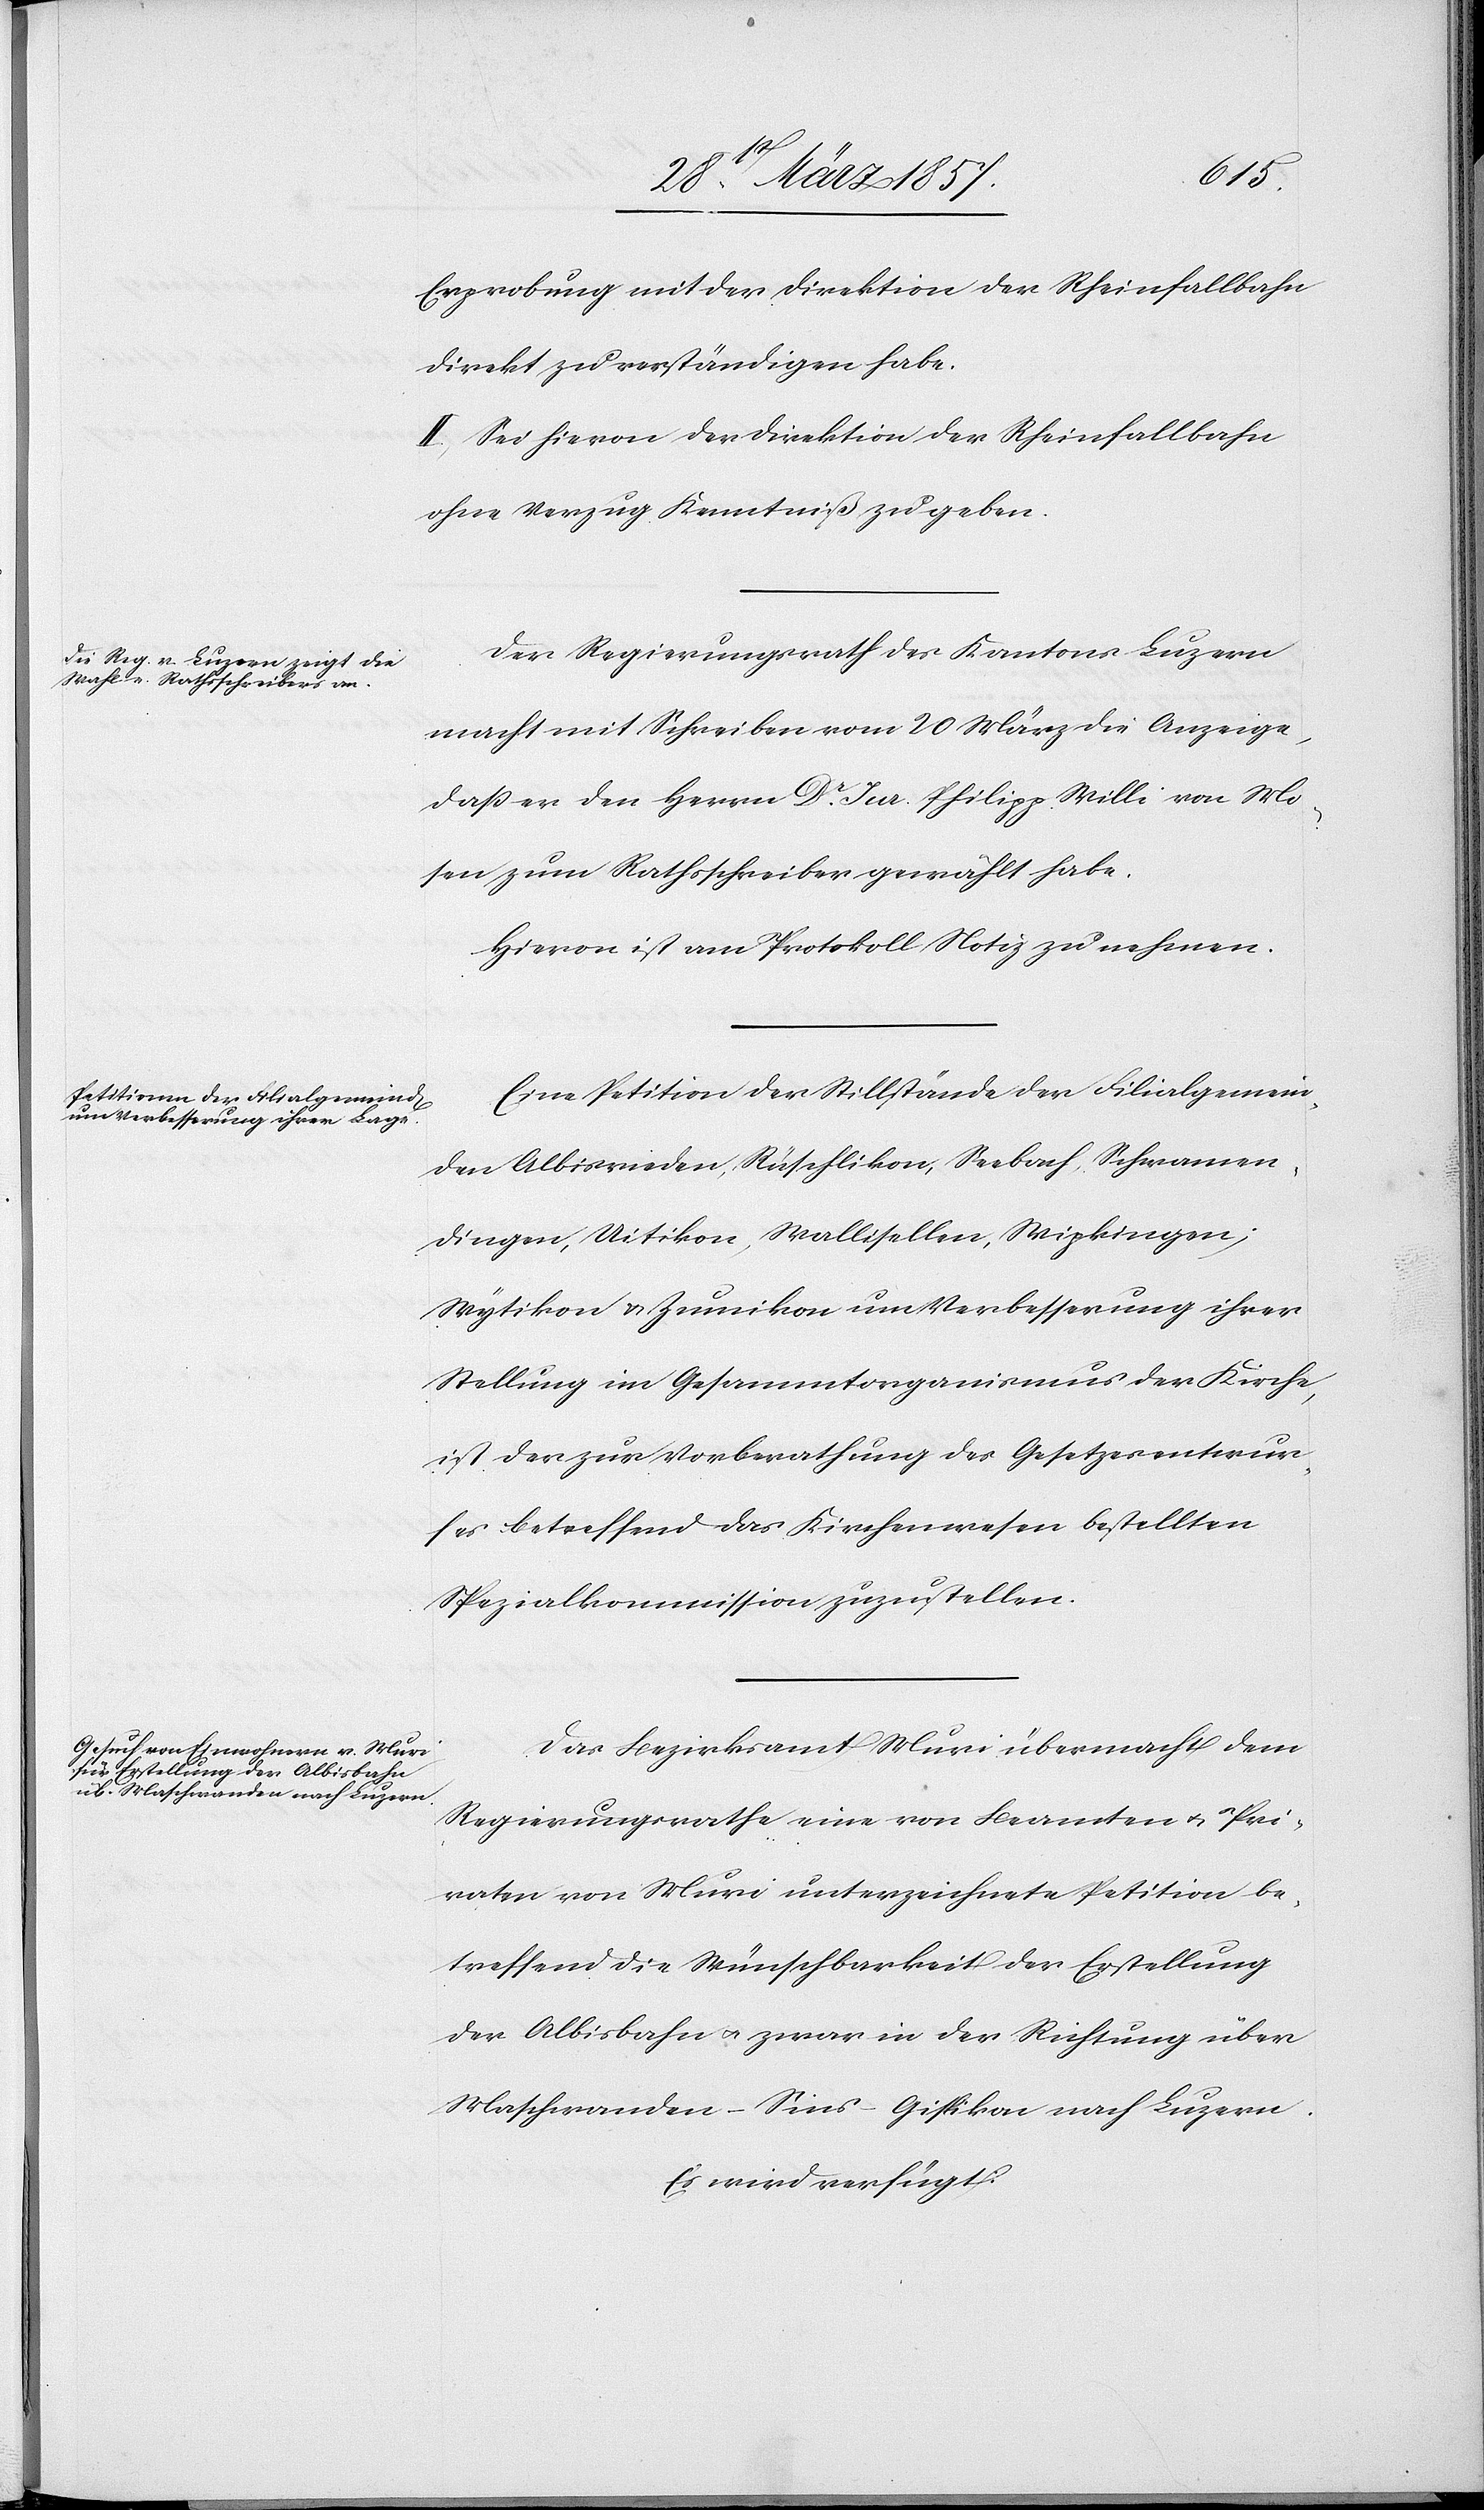
Erprobung mit der Direktion der Rheinfallbahn
direkt zu verständigen habe.
II. Sei hievon der Direktion der Rheinfallbahn
ohne Verzug Kenntniß zu geben.
Der Regierungsrath des Kantons Luzern
macht mit Schreiben vom 20 März die Anzeige,
daß er den Herrn Dr Jur. Philipp Willi von Mo¬
sen zum Rathsschreiber gewählt habe.
Hievon ist am Protokoll Notiz zu nehmen.
Eine Petition der Stillstände der Filialgemein¬
den Albisrieden, Rüschlikon, Seebach, Schwamen¬
dingen, Uitikon, Wallisellen, Wipkingen;
Wytikon u. Zumikon um Verbesserung ihrer
Stellung im Gesammtorganismus der Kirche,
ist der zur Vorberathung des Gesetzesentwur¬
fes betreffend das Kirchenwesen bestellten
Spezialkommission zuzustellen.
Das Bezirksamt Muri übermacht dem
Regierungsrathe eine von Beamten u. Pri¬
vaten von Muri unterzeichnete Petition be¬
treffend die Wünschbarkeit der Erstellung
der Albisbahn u. zwar in der Richtung über
Maschwanden–Sins–Gislikon nach Luzern.
Es wird verfügt: